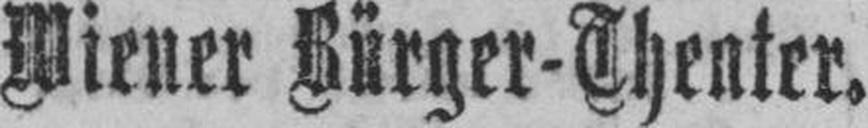
Wiener Bürger-Theater.